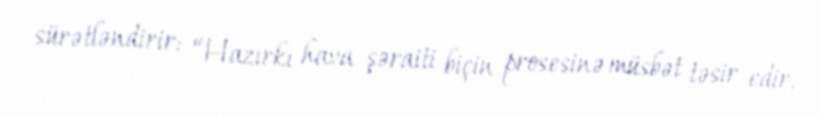
sürətləndirir: “Hazırkı hava şəraiti biçin prosesinə müsbət təsir edir.